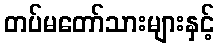
တပ်မတော်သားများနှင့်